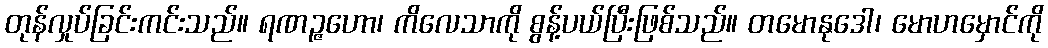
တုန်လှုပ်ခြင်းကင်းသည်။ ရဏဉ္ဇဟော၊ ကိလေသာကို စွန့်ပယ်ပြီးဖြစ်သည်။ တမောနုဒေါ၊ မောဟမှောင်ကို